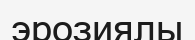
эрозиялы